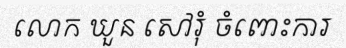
លោក ឃួន សៅរុំ ចំពោះការ